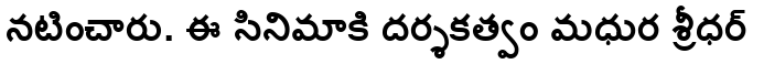
నటించారు. ఈ సినిమాకి దర్శకత్వం మధుర శ్రీధర్